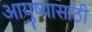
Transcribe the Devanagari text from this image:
आयुष्यासाठी